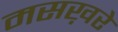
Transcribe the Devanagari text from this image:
मसख़रे